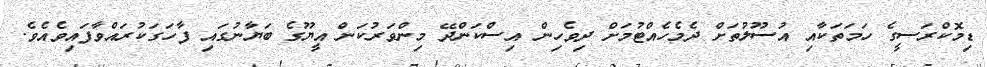
ޑިމޮކްރަސީގެ ހަމަތަކާއި އުސޫލުތަށް ދެމެހެއްޓުމަށް ދިވެހިން އިސްކަންދޭ މިންވަރުކަން އީޔޫގެ ބަޔާނުގައި ފާހަގަކުރައްވާފައިވެއެވެ.